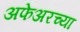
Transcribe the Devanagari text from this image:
अफेअरच्या